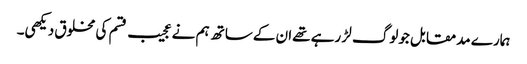
ہمارے مدمقابل جولوگ لڑ رہے تھےان کےساتھ ہم نےعجیب قسم کی مخلوق دیکھی۔